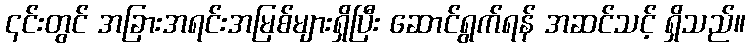
၎င်းတွင် အခြားအရင်းအမြစ်များရှိပြီး ဆောင်ရွက်ရန် အဆင်သင့် ရှိသည်။